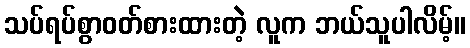
သပ်ရပ်စွာဝတ်စားထားတဲ့ လူက ဘယ်သူပါလိမ့်။